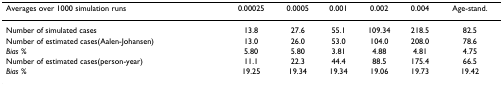
| Averages over 1000 simulation runs | 0.00025 | 0.0005 | 0.001 | 0.002 | 0.004 | Age-stand. |
 | --- | --- | --- | --- | --- | --- | --- |
 | Number of simulated cases | 13.8 | 27.6 | 55.1 | 109.34 | 218.5 | 82.5 |
 | Number of estimated cases(Aalen-Johansen) | 13.0 | 26.0 | 53.0 | 104.0 | 208.0 | 78.6 |
 | Bias % | 5.80 | 5.80 | 3.81 | 4.88 | 4.81 | 4.75 |
 | Number of estimated cases(person-year) | 11.1 | 22.3 | 44.4 | 88.5 | 175.4 | 66.5 |
 | Bias % | 19.25 | 19.34 | 19.34 | 19.06 | 19.73 | 19.42 |